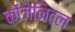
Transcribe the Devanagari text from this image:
कोंजेनिटल